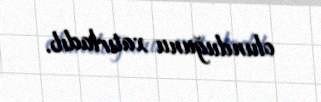
olunduğunu xatırladıb.